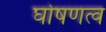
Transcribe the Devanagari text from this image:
घोषणत्व